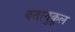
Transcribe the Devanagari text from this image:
वतानुकूल